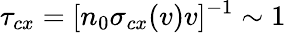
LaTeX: \tau_{cx}=[n_{0}\sigma_{cx}(v)v]^{-1}\sim 1